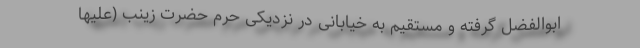
ابوالفضل گرفته و مستقیم به خیابانی در نزدیکی حرم حضرت زینب (علیها